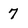
Character: 7